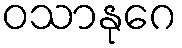
ဝသာနုဂေ